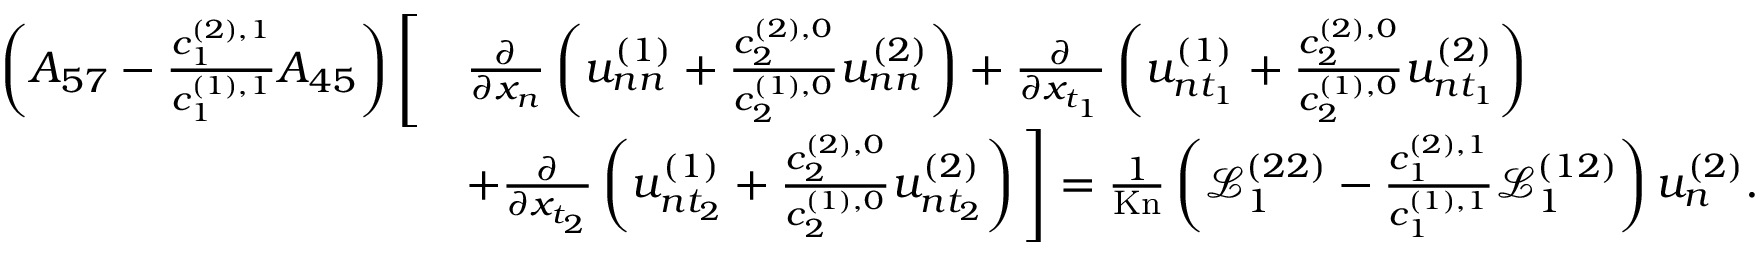
\begin{array} { r l } { \left( A _ { 5 7 } - \frac { c _ { 1 } ^ { ( 2 ) , 1 } } { c _ { 1 } ^ { ( 1 ) , 1 } } A _ { 4 5 } \right) \Bigg [ } & { \frac { \partial } { \partial x _ { n } } \left( u _ { n n } ^ { ( 1 ) } + \frac { c _ { 2 } ^ { ( 2 ) , 0 } } { c _ { 2 } ^ { ( 1 ) , 0 } } u _ { n n } ^ { ( 2 ) } \right) + \frac { \partial } { \partial x _ { t _ { 1 } } } \left( u _ { n t _ { 1 } } ^ { ( 1 ) } + \frac { c _ { 2 } ^ { ( 2 ) , 0 } } { c _ { 2 } ^ { ( 1 ) , 0 } } u _ { n t _ { 1 } } ^ { ( 2 ) } \right) } \\ & { + \frac { \partial } { \partial x _ { t _ { 2 } } } \left( u _ { n t _ { 2 } } ^ { ( 1 ) } + \frac { c _ { 2 } ^ { ( 2 ) , 0 } } { c _ { 2 } ^ { ( 1 ) , 0 } } u _ { n t _ { 2 } } ^ { ( 2 ) } \right) \Bigg ] = \frac { 1 } { \mathrm { K n } } \left( \mathscr { L } _ { 1 } ^ { ( 2 2 ) } - \frac { c _ { 1 } ^ { ( 2 ) , 1 } } { c _ { 1 } ^ { ( 1 ) , 1 } } \mathscr { L } _ { 1 } ^ { ( 1 2 ) } \right) u _ { n } ^ { ( 2 ) } . } \end{array}